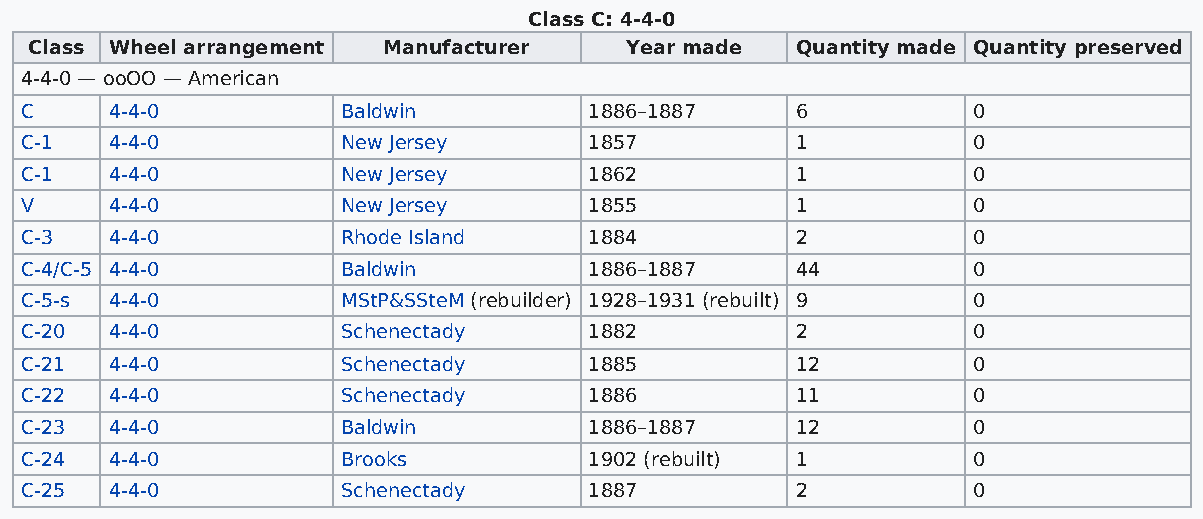
Class C: 4-4-0
 Class Wheel arrangement Manufacturer   Year made   Quantity made Quantity preserved
 4-4-0 — ooOO — American
 C     4-4-0           Baldwin         1886–1887     6          0
 C-1   4-4-0           New Jersey      1857          1          0
 C-1   4-4-0           New Jersey      1862          1          0
 V     4-4-0           New Jersey      1855          1          0
 C-3   4-4-0           Rhode Island    1884          2          0
 C-4/C-5 4-4-0         Baldwin         1886–1887     44         0
 C-5-s 4-4-0           MStP&SSteM (rebuilder) 1928–1931 (rebuilt) 9 0
 C-20  4-4-0           Schenectady     1882          2          0
 C-21  4-4-0           Schenectady     1885          12         0
 C-22  4-4-0           Schenectady     1886          11         0
 C-23  4-4-0           Baldwin         1886–1887     12         0
 C-24  4-4-0           Brooks          1902 (rebuilt) 1         0
 C-25  4-4-0           Schenectady     1887          2          0